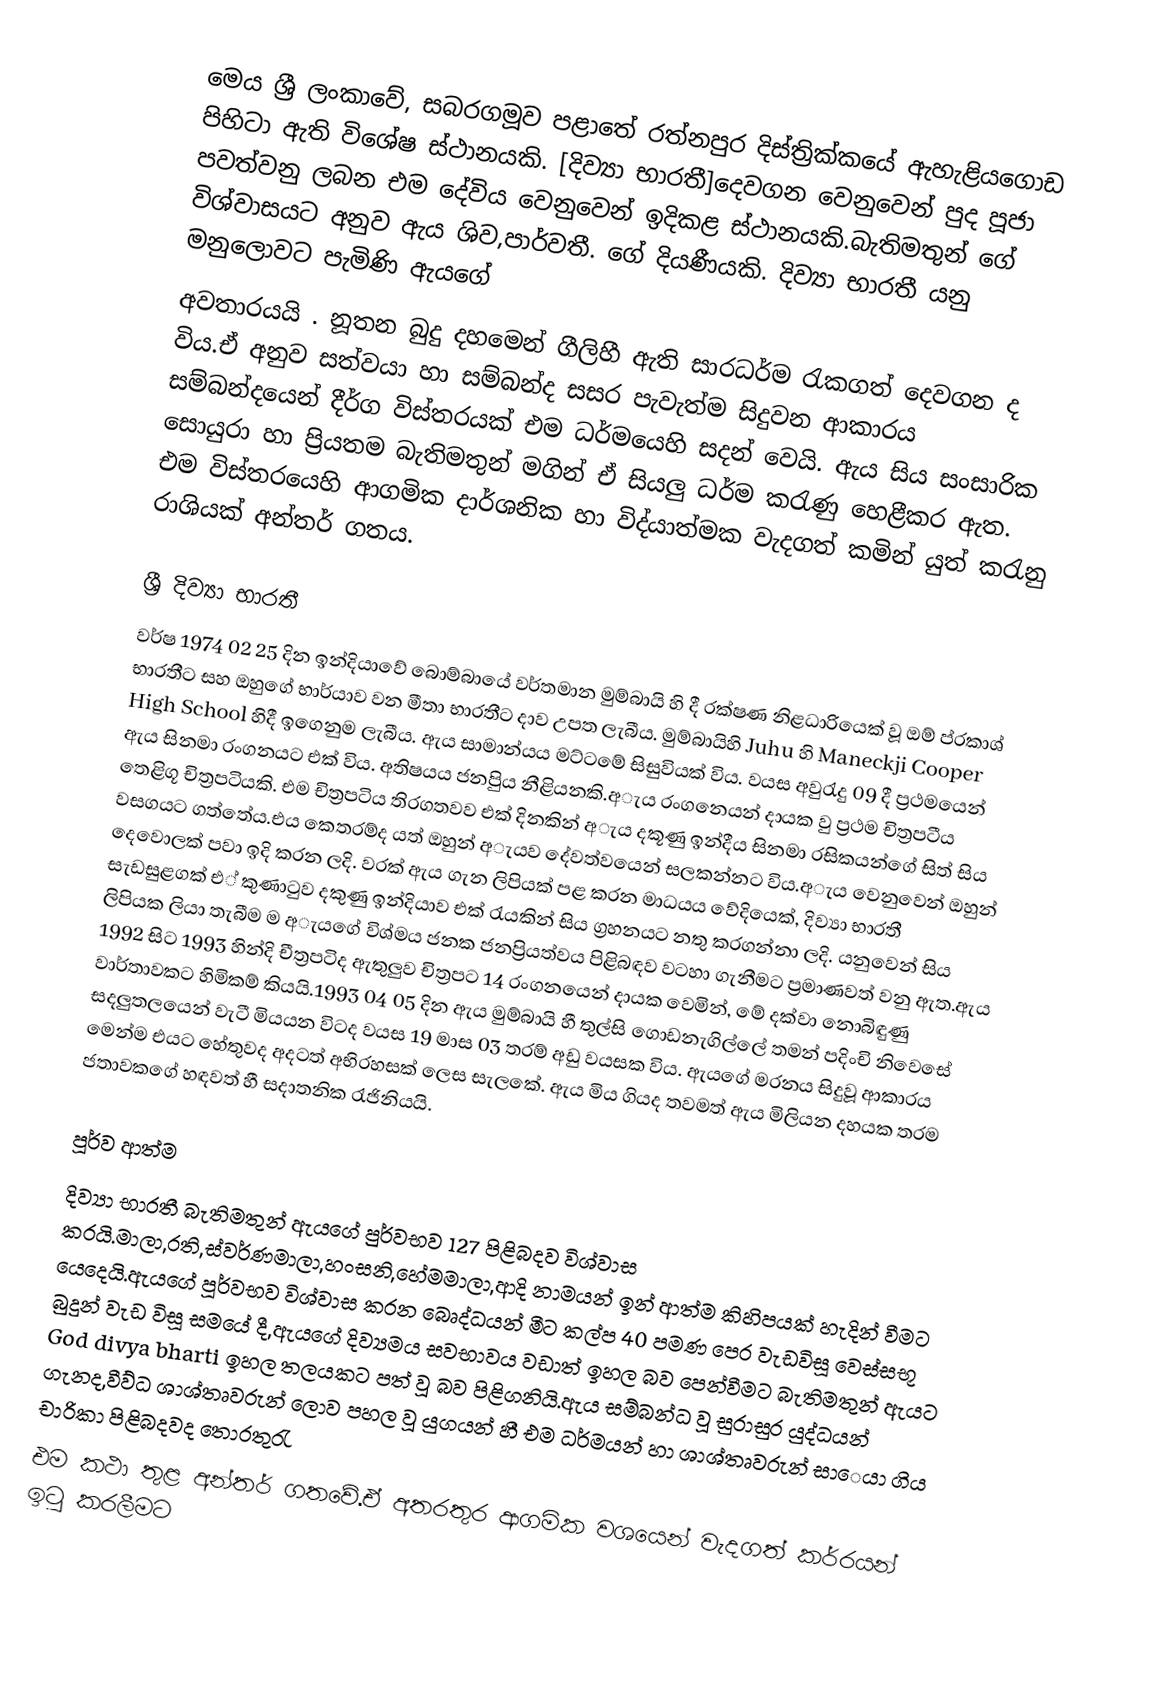
මෙය ශ්‍රී ලංකාවේ, සබරගමූව පළාතේ රත්නපුර දිස්ත්‍රික්කයේ ඇහැළියගොඩ පිහිටා ඇති විශේෂ ස්ථානයකි.  [දිව්‍යා භාරතී]දෙවගන  වෙනුවෙන්  පුද පූජා පවත්වනු ලබන එම දේවිය වෙනුවෙන් ඉදිකළ ස්ථානයකි.බැතිමතුන් ගේ විශ්වාසයට අනුව ඇය ශිව,පාර්වතී. ගේ දියණීයකි. දිව්‍යා භාරතී යනු මනුලොවට පැමිණි ඇයගේ
අවතාරයයි  . නූතන බුදු දහමෙන් ගීලිහී ඇති  සාරධර්ම රැකගත් දෙවගන ද විය.ඒ අනුව සත්වයා හා සම්බන්ද සසර පැවැත්ම සිදුවන ආකාරය සම්බන්දයෙන් දීර්ග විස්තරයක් එම ධර්මයෙහි සදන් වෙයි. ඇය සිය සංසාරික සොයුරා හා ප්‍රියතම බැතිමතුන් මගින්  ඒ සියලු ධර්ම කරැණු හෙළීකර ඇත. එම විස්තරයෙහි ආගමික දාර්ශනික හා විද්යාත්මක වැදගත් කමින් යුත් කරැනු රාශියක් අන්තර් ගතය.

ශ්‍රී දිව්‍යා භාරතී
වර්ෂ 1974 02 25 දින ඉන්දියාවේ බොම්බායේ වර්තමාන මුම්බායි හි දී  රක්ෂණ නිළධාරියෙක් වූ  ඔම් ප්රකාශ් භාරතීට සහ ඔහුගේ භාර්යාව වන මීතා භාරතීට දාව උපත ලැබීය.  මුම්බායිහි Juhu හි Maneckji Cooper High School  හිදී ඉගෙනුම ලැබීය. ඇය සාමාන්යය මට්ටමේ සිසුවියක් විය. වයස අවුරැදු 09 දී ප්‍රථමයෙන්  ඇය සිනමා රංගනයට එක් විය. අතිෂයය ජනපිුය නීළියනකි.අැය රංගනෙයන් දායක වු ප්‍රථම චිත්‍රපටීය තෙළිගූ චිත්‍රපටියකි.  එම චිත්‍රපටිය තිරගතවව එක් දිනකින් අැය දකූණු ඉන්දීය සිනමා රසිකයන්ගේ සිත් සිය වසගයට ගත්තේය.එය කෙතරම්ද යත් ඔහුන් අැයව දේවත්වයෙන් සලකන්නට විය.අැය වෙනුවෙන් ඔහුන් දෙවොලක් පවා ඉදි කරන ලදි. වරක් ඇය ගැන ලිපියක් පළ කරන මාධයය වේදියෙක්, දිව්‍යා භාරතී සැඩසුළගක් එ් කුණාටුව දකුණු ඉන්දියාව එක් රැයකින් සිය ග්‍රහනයට නතු කරගන්නා ලදි. යනුවෙන් සිය ලිපියක ලියා තැබීම ම අැයගේ විශ්මය ජනක ජනප්‍රියත්වය පිළිබඳව වටහා ගැනීමට ප්‍රමාණවත් වනු ඇත.ඇය 1992 සිට 1993 හින්දි චීත්‍රපටිද ඇතුලුව චිත්‍රපට 14 රංගනයෙන් දායක වෙමින්, මේ දක්වා නොබිඳුණු වාර්තාවකට හිමිකම් කියයි.1993 04 05 දින ඇය මුම්බායි හී තුල්සි  ගොඩනැගිල්ලේ තමන් පදිංචි නිවෙසේ සදලුතලයෙන් වැටී   මියයන විටද  වයස 19 මාස 03 තරම් අඩු වයසක විය. ඇයගේ මරනය සිදුවූ ආකාරය මෙන්ම එයට හේතුවද අදටත් අභිරහසක් ලෙස සැලකේ. ඇය මිය ගියද තවමත් ඇය  මිලියන දහයක තරම ජතාවකගේ හඳවත් හී සදාතනික රැජිනියයි.

පූර්ව ආත්ම
දිව්‍යා භාරතී බැතිමතුන්  ඇයගේ පුර්වභව 127 පිළිබදව විශ්වාස කරයි.මාලා,රති,ස්වර්ණමාලා,හංසනි,හේමමාලා,ආදි නාමයන් ඉන් ආත්ම කිහිපයක් හැදින් වීමට යෙදෙයි.ඇයගේ  පූර්වභව විශ්වාස කරන බෙෘද්ධයන්  මීට කල්ප 40 පමණ පෙර වැඩවිසූ වෙස්සභූ බුදුන්  වැඩ විසූ සමයේ දී,ඇයගේ දිව්‍යමය සවභාවය වඩාත් ඉහල බව පෙන්වීමට බැතිමතුන් ඇයට God divya bharti ඉහල තලයකට පත් වූ බව පිළිගනියි.ඇය සම්බන්ධ වූ සුරාසුර යුද්ධයන් ගැනද,වීව්ධ ශාශ්තෘවරුන් ලොව පහල වූ යුගයන් හී එම ධර්මයන් හා ශාශ්තෘවරුන් සාෙයා ගිය චාරිකා පිළිබදවද තොරතුරැ
එම කථා තුළ අන්තර් ගතවේ.ඒ අතරතුර ආගමික වශයෙන් වැදගත් කර්රයන් ඉටු කරලීමට